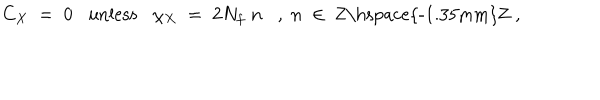
C _ { X } \; = \; 0 \mathrm { u n l e s s } \chi _ { X } \; = \; 2 N _ { f } \; n , \; n \; \in \; \mathrm { Z \hspace { - 1 . 3 5 m m } Z } \; ,